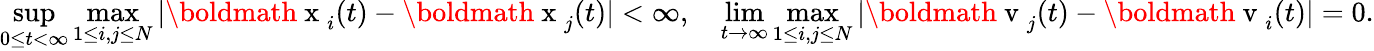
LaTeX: \operatorname*{sup}_{0\leq t<\infty}\operatorname*{max}_{1\leq i,j\leq N}|\mathrm{\boldmath~x~}_{i}(t)-\mathrm{\boldmath~x~}_{j}(t)|<\infty,\quad\operatorname*{lim}_{t\to\infty}\operatorname*{max}_{1\leq i,j\leq N}|\mathrm{\boldmath~v~}_{j}(t)-\mathrm{\boldmath~v~}_{i}(t)|=0.